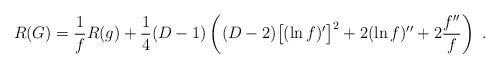
LaTeX: \begin{align*}R(G) = \frac{1}{f} R(g) + \frac{1}{4} (D-1) \left( (D-2) \big[ (\ln f)^\prime \big]^2 +2(\ln f)^{\prime\prime} + 2 \frac{f^{\prime\prime}}{f} \right) \; . \end{align*}